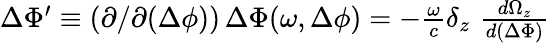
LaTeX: \begin{array}{r}{\Delta\Phi^{\prime}\equiv(\partial/\partial(\Delta\phi))\, \Delta{\Phi}(\omega,\Delta\phi)=-\frac{\omega}{c}\delta_{z}\, \, \frac{d\Omega_{z}}{d(\Delta\Phi)}}\end{array}